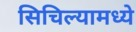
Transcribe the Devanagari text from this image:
सिचिल्यामध्ये